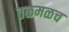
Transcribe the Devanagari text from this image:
तळमळच